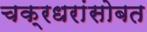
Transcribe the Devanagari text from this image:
चक्रधरांसोबत